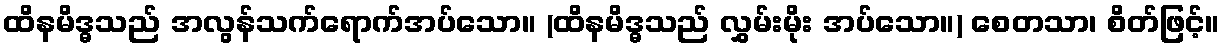
ထိနမိဒ္ဓသည် အလွန်သက်ရောက်အပ်သော။ (ထိနမိဒ္ဓသည် လွှမ်းမိုး အပ်သော။) စေတသာ၊ စိတ်ဖြင့်။